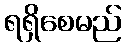
ရရှိစေမည်